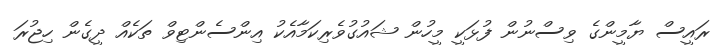
ރައީސް ޔާމީންގެ ވިސްނުން ފުޅަކީ މީހުން ޝައުގުވެރިކަމާއެކު އިންސެންޓިވް ތަކެއް ދީގެން ހިޖުރަ